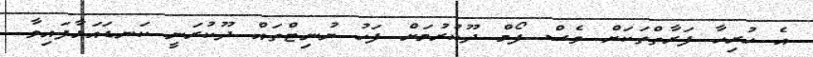
އެ ހުރިހާ ފަރާތްތަކަށް ވެސް ފޯމް ދޫކުރުމަށް ފަހު ޔުނިޓްތައް ދޫކުރަނީ ކަނޑައަޅާފައިވާ